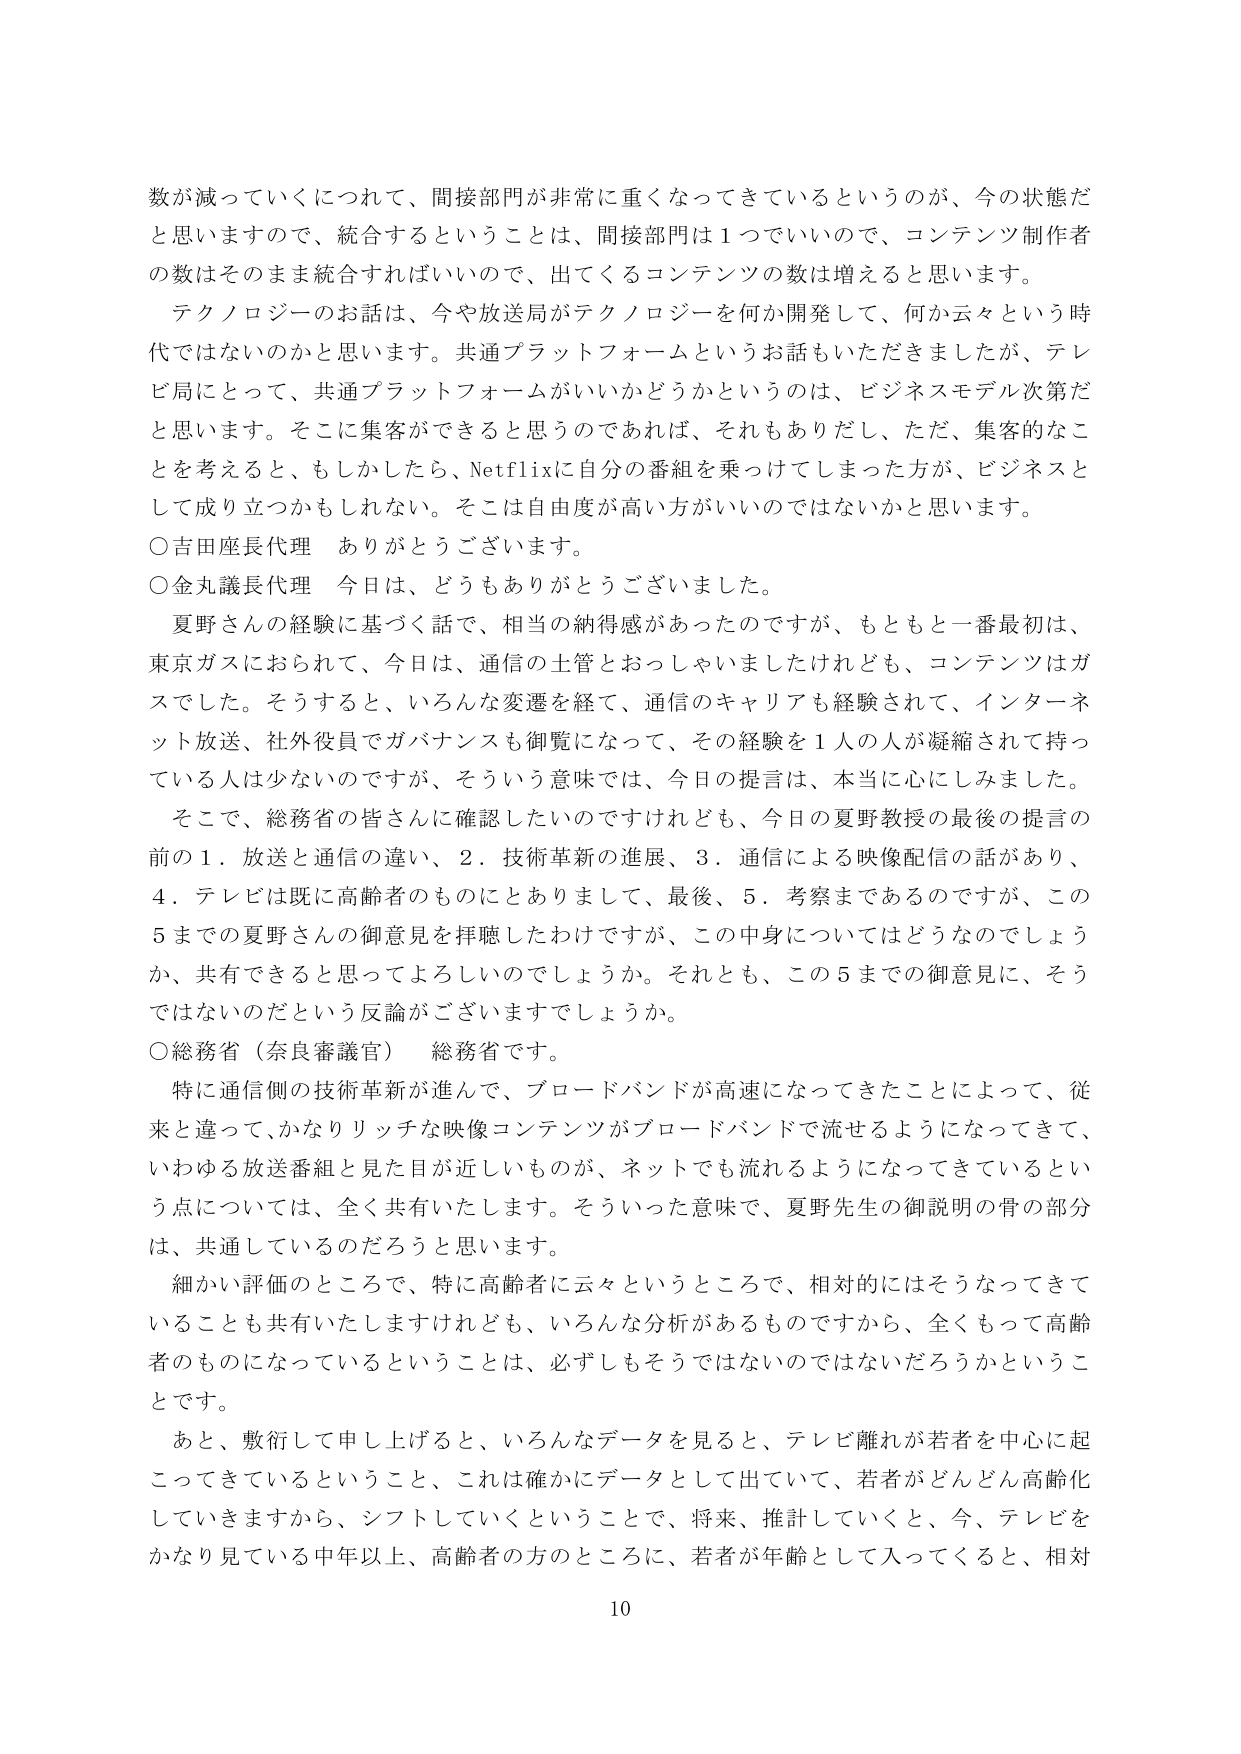
数が減っていくにつれて、間接部門が非常に重くなってきているというのが、今の状態だと思いますので、統合するということは、間接部門は1つでいいので、コンテンツ制作者の数はそのまま統合すればいいので、出てくるコンテンツの数は増えると思います。

テクノロジーのお話は、今や放送局がテクノロジーを何か開発して、何か云々という時代ではないのかと思います。共通プラットフォームというお話もいただきましたが、テレビ局にとって、共通プラットフォームがいいかどうかというのは、ビジネスモデル次第だと思います。そこに集客ができると思うのであれば、それもありだし、ただ、集客的なことを考えると、もしかしたら、Netflixに自分の番組を乗っけてしまった方が、ビジネスとして成り立つかもしれない。そこは自由度が高い方がいいのではないかと思います。

○吉田座長代理　ありがとうございます。

○金丸議長代理　今日は、どうもありがとうございました。

夏野さんの経験に基づく話で、相当の納得感があったのですが、もともと一番最初は、東京ガスにおられて、今日は、通信の士管とおっしゃいましたけれども、コンテンツはガスでした。そうすると、いろんな変遷を経て、通信のキャリアも経験されて、インターネット放送、社外役員でガバナンスも御覧になって、その経験を1人の人が凝縮されて持っている人は少ないのですが、そういう意味では、今日の提言は、本当に心にしみました。

そこで、総務省の皆さんに確認したいのですけれども、今日の夏野教授の最後の提言の前の1．放送と通信の違い、2．技術革新の進展、3．通信による映像配信の話があり、4．テレビは既に高齢者のものにとありまして、最後、5．考察までであるのですが、この5までの夏野さんの御意見を拝聴したわけですが、この中身についてはどうなのでしょうか、共有できると思ってよろしいのでしょうか。それとも、この5までの御意見に、そうではないのだという反論がございますでしょうか。

○総務省（奈良審議官）　総務省です。

特に通信側の技術革新が進んで、ブロードバンドが高速になってきたことによって、従来と違って、かなりリッチな映像コンテンツがブロードバンドで流せるようになってきて、いわゆる放送番組と見た目が近しいものが、ネットでも流れるようになってきているという点については、全く共有いたします。そういった意味で、夏野先生の御説明の骨の部分は、共通しているのだろうと思います。

細かい評価のところで、特に高齢者に云々というところで、相対的にはそうなってきていることも共有いたしますけれども、いろんな分析があるものですから、全くもって高齢者のものになっているということは、必ずしもそうではないのではなかろうかということです。

あと、敷衍して申し上げると、いろんなデータを見ると、テレビ離れが若者を中心に起こってきているということ、これは確かにデータとして出ていて、若者がどんどん高齢化していきますから、シフトしていくということで、将来、推計していくと、今、テレビをかなり見ている中年以上、高齢者の方のところに、若者が年齢として入ってくると、相対

10